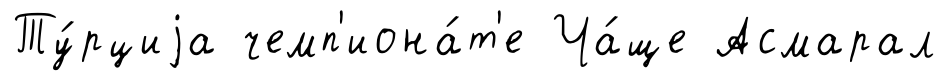
Ту́рциjа чемп'иона́т'е Ча́ще Асмарал